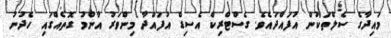
މައިދާގެ ސެލްތަކުން އުފައްދައެވެ. ގެސްޓްރިކް އެސިޑް އުފައްދާ މިންވަރު އާންމު ގޮތެއްގައި ހެދުނު